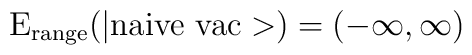
{\rm E_{range}(|naive \ vac>)}=(-\infty,\infty)